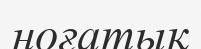
ноғатық